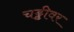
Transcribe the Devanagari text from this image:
चड्डीवर